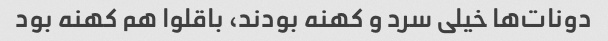
دونات‌ها خیلی سرد و کهنه بودند، باقلوا هم کهنه بود